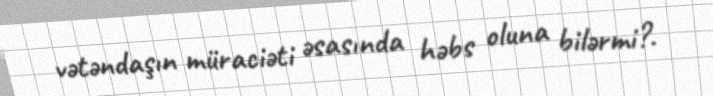
vətəndaşın müraciəti əsasında həbs oluna bilərmi?.